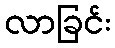
လာခြင်း